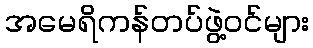
အမေရိကန်တပ်ဖွဲ့ဝင်များ